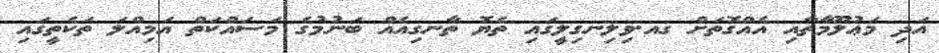
އަދި މަޢުލޫމާތާއި އެއްްގޮތަށް ގއ.ވިލިނގިލީގައި ތެޔޮ ތާނގިއެއް ބަނުމުގެ މަސައްކަތް އަމިއްލަ ތަކެތީގައި